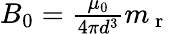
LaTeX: \begin{array}{r}{B_{0}=\frac{\mu_{0}}{4\pi d^{3}}m_{\mathrm{~r~}}}\end{array}